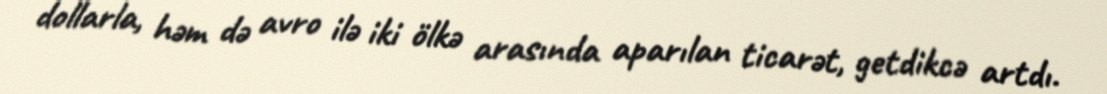
dollarla, həm də avro ilə iki ölkə arasında aparılan ticarət, getdikcə artdı.